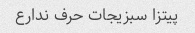
پیتزا سبزیجات حرف ندارع